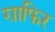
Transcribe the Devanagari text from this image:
ग़ाफिर